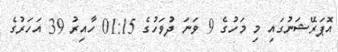
އޮޕަރޭޝަނުގައި މި މަހުގެ 9 ވަނަ ދުވަހުގެ 01:15 ހާއިރު 39 އަހަރުގެ